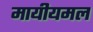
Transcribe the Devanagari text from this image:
मायीयमल